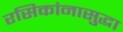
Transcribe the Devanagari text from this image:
रसिकांनासुद्धा